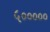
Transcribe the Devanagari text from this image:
५०००००